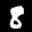
Label: 8